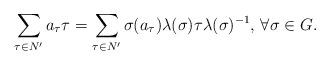
LaTeX: \begin{align*}\sum_{\tau \in N'} a_{\tau} \tau=\sum_{\tau \in N'}\sigma(a_{\tau}) \lambda(\sigma) \tau \lambda(\sigma)^{-1}, \,\forall \sigma \in G.\end{align*}